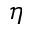
\eta